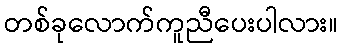
တစ်ခုလောက်ကူညီပေးပါလား။